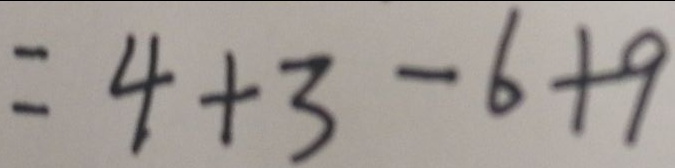
= 4 + 3 - 6 + 9